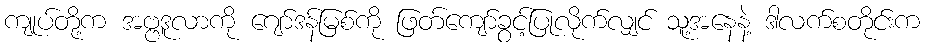
ကျုပ်တို့က အဗ္ဗဒူလာကို ဂျော်ဒန်မြစ်ကို ဖြတ်ကျော်ခွင့်ပြုလိုက်လျှင် သူ့အနေနဲ့ ဒါလက်စတိုင်းက